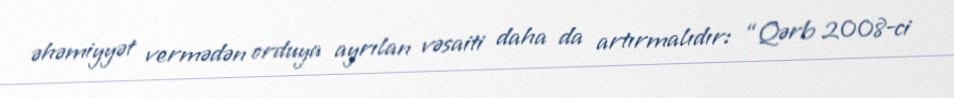
əhəmiyyət vermədən orduya ayrılan vəsaiti daha da artırmalıdır: “Qərb 2008-ci